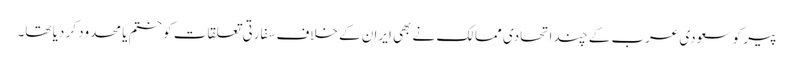
پیر کو سعودی عرب کے چند اتحادی ممالک نے بھی ایران کے خلاف سفارتی تعلقات کو ختم یا محدود کر دیا تھا۔